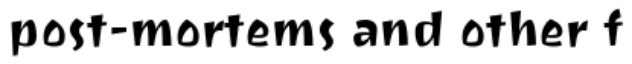
post-mortems and other f